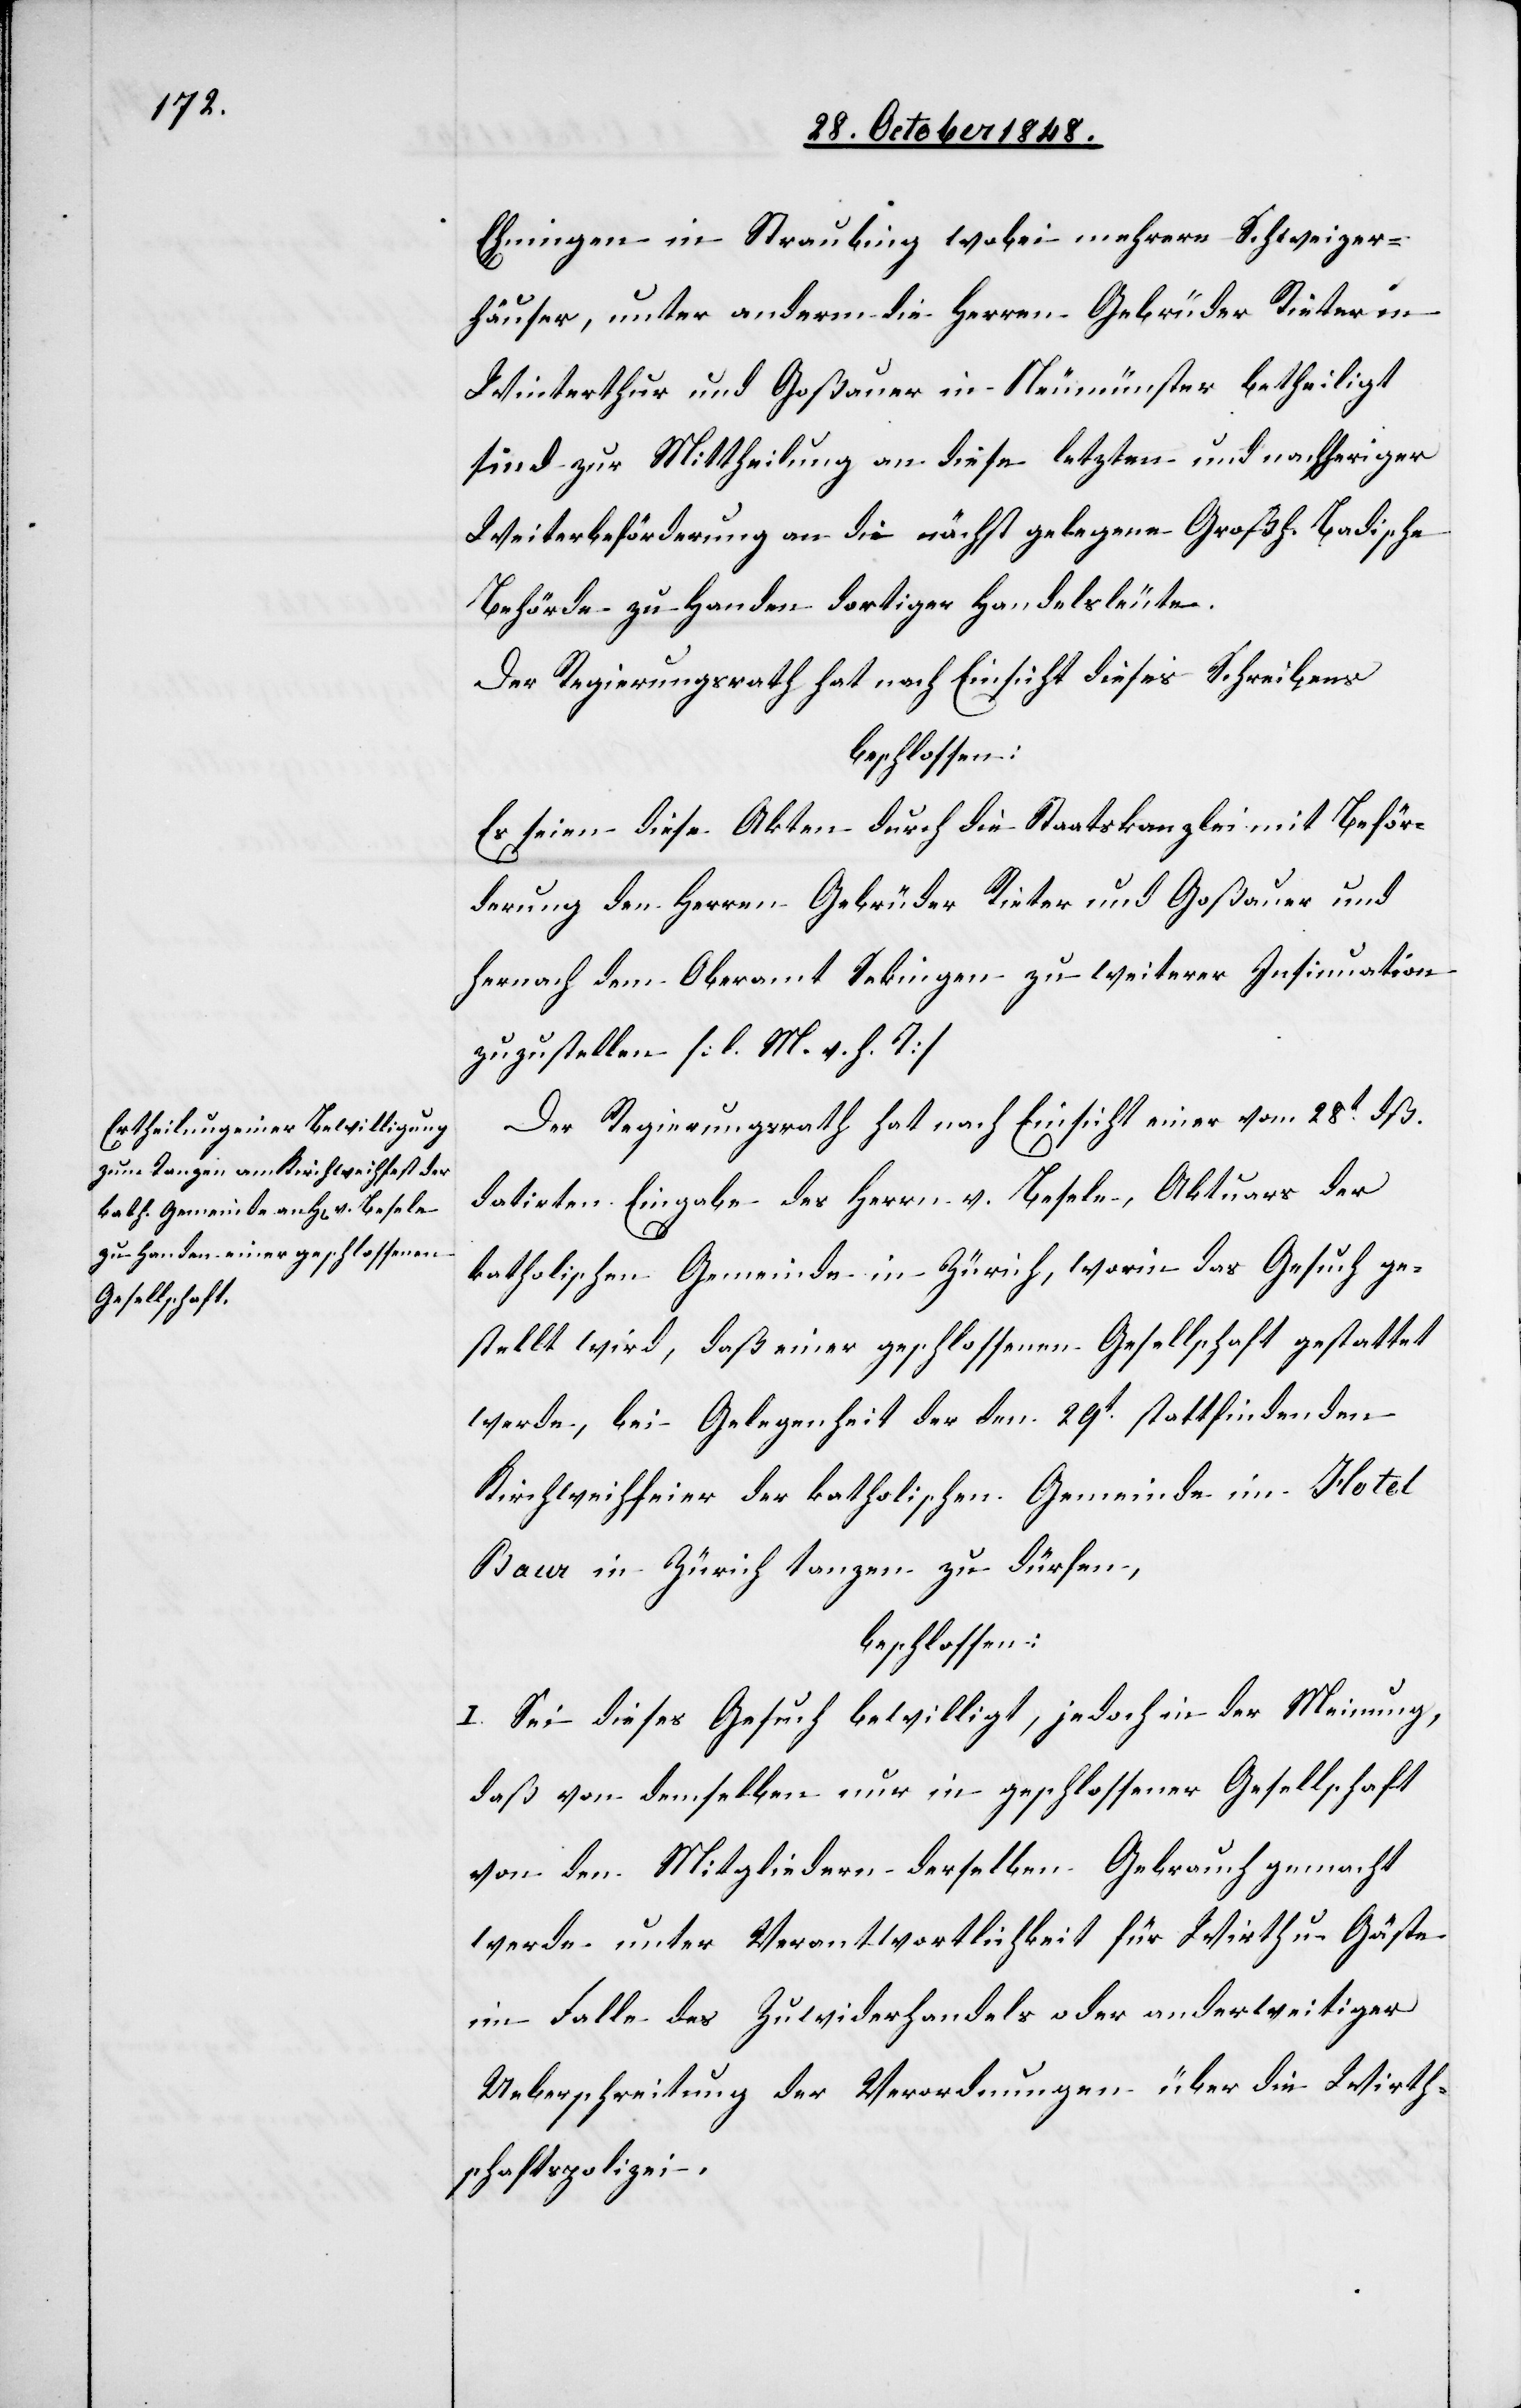
Ehningen in Straubing wobei mehrere Schweizer¬
häuser, unter anderm die Herren Gebrüder Rieter in
Winterthur und Goßauer in Neumünster betheiligt
sind zur Mittheilung an diese letzten und nachheriger
Weiterbeförderung an die nächst gelegene Großh. Badische
Behörde zu Handen dortiger Handelsleute.
Der Regierungsrath hat nach Einsicht dieses Schreibens
beschlossen:
Es seien diese Akten durch die Staatskanzlei mit Beför¬
derung den Herren Gebrüder Rieter und Goßauer und
hernach dem Oberamt Sekingen zu weiterer Insinuation
zuzustellen. [l. M. v. h. T]
Der Regierungsrath hat nach Einsicht einer vom 28t dß.
datirten Eingabe des Herrn v. Besele, Aktuars der
katholischen Gemeinde in Zürich, worin das Gesuch ge¬
stellt wird, daß einer geschlossenen Gesellschaft gestattet
werde, bei Gelegenheit der dem 29t stattfindenden
Kirchweihfeier der katholischen Gemeinde im Hotel
Baur in Zürich tanzen zu dürfen,
beschlossen:
I. Sei dieses Gesuch bewilligt, jedoch in der Meinung,
daß von demselben nur in geschlossener Gesellschaft
von den Mitgliedern derselben Gebrauch gemacht
werde unter Verantwortlichkeit für Wirth u. Gäste
im Falle des Zuwiderhandels oder anderweitiger
Ueberschreitung der Verordnungen über die Wirth¬
schaftspolizei.